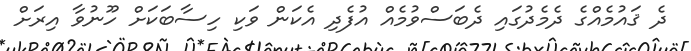
ދެ ޤައުމެއްގެ ދެމެދުގައި ދެބަސްވުމެއް އުފެދި އެކަން ވަކި ހިސާބަކަށް ހޫނުވާ އިރަށް